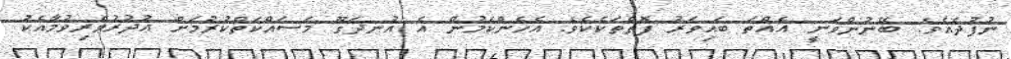
ނުފުދެއެވެ. ބޭނުންވަނީ އެއްތަ ބައިވަރު ފޮތްތަކެކެވެ. އެހެންކަމުން އެ އުނދަގޫ މަސައްކަތްކުރުމަށް ޢުޛުރުވެރިވުމާއެކު